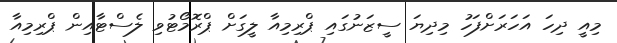
މިއީ ދިހަ އަހަރަށްފަހު މިދިޔަ ސީޒަނުގައި ޕްރިމިއާ ލީގަށް ޕްރޮމޯޓުވި ލެސްޓާއިން ޕްރިމިއާ